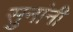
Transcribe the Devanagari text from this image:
सुनांनी